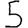
Digit: 5